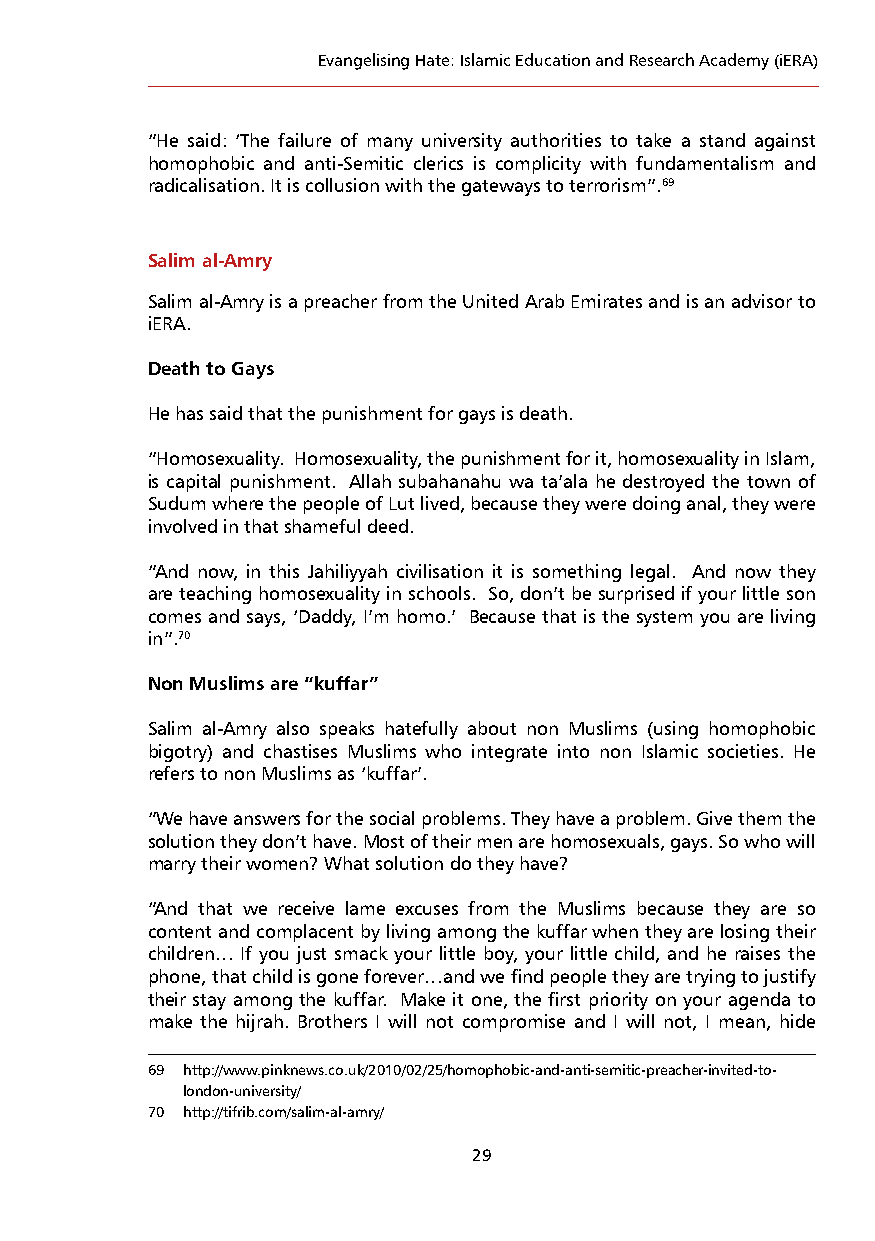
Evangelising Hate: Islamic Education and Research Academy (iERA)
 “He said: ‘The failure of many university authorities to take a stand against
 homophobic and anti-Semitic clerics is complicity with fundamentalism and
 radicalisation. It is collusion with the gateways to terrorism”.69
 Salim al-Amry
 Salim al-Amry is a preacher from the United Arab Emirates and is an advisor to
 iERA.
 Death to Gays
 He has said that the punishment for gays is death.
 “Homosexuality. Homosexuality, the punishment for it, homosexuality in Islam,
 is capital punishment. Allah subahanahu wa ta’ala he destroyed the town of
 Sudum where the people of Lut lived, because they were doing anal, they were
 involved in that shameful deed.
 “And now, in this Jahiliyyah civilisation it is something legal. And now they
 are teaching homosexuality in schools. So, don’t be surprised if your little son
 comes and says, ‘Daddy, I’m homo.’ Because that is the system you are living
 in”.70
 Non Muslims are “kuffar”
 Salim al-Amry also speaks hatefully about non Muslims (using homophobic
 bigotry) and chastises Muslims who integrate into non Islamic societies. He
 refers to non Muslims as ‘kuffar’.
 “We have answers for the social problems. They have a problem. Give them the
 solution they don’t have. Most of their men are homosexuals, gays. So who will
 marry their women? What solution do they have?
 “And that we receive lame excuses from the Muslims because they are so
 content and complacent by living among the kuffar when they are losing their
 children… If you just smack your little boy, your little child, and he raises the
 phone, that child is gone forever…and we find people they are trying to justify
 their stay among the kuffar. Make it one, the first priority on your agenda to
 make the hijrah. Brothers I will not compromise and I will not, I mean, hide
 69 http://www.pinknews.co.uk/2010/02/25/homophobic-and-anti-semitic-preacher-invited-to-
 london-university/
 70 http://tifrib.com/salim-al-amry/
 29